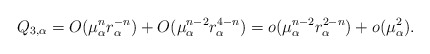
\begin{align*}Q_{3,\alpha}=O(\mu_\alpha^n r_\alpha^{-n})+O(\mu_\alpha^{n-2}r_\alpha^{4-n}) = o(\mu_\alpha^{n-2}r_\alpha^{2-n})+o(\mu_\alpha^2).\end{align*}